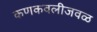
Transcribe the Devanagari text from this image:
कणकवलीजवळ